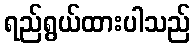
ရည်ရွယ်ထားပါသည်